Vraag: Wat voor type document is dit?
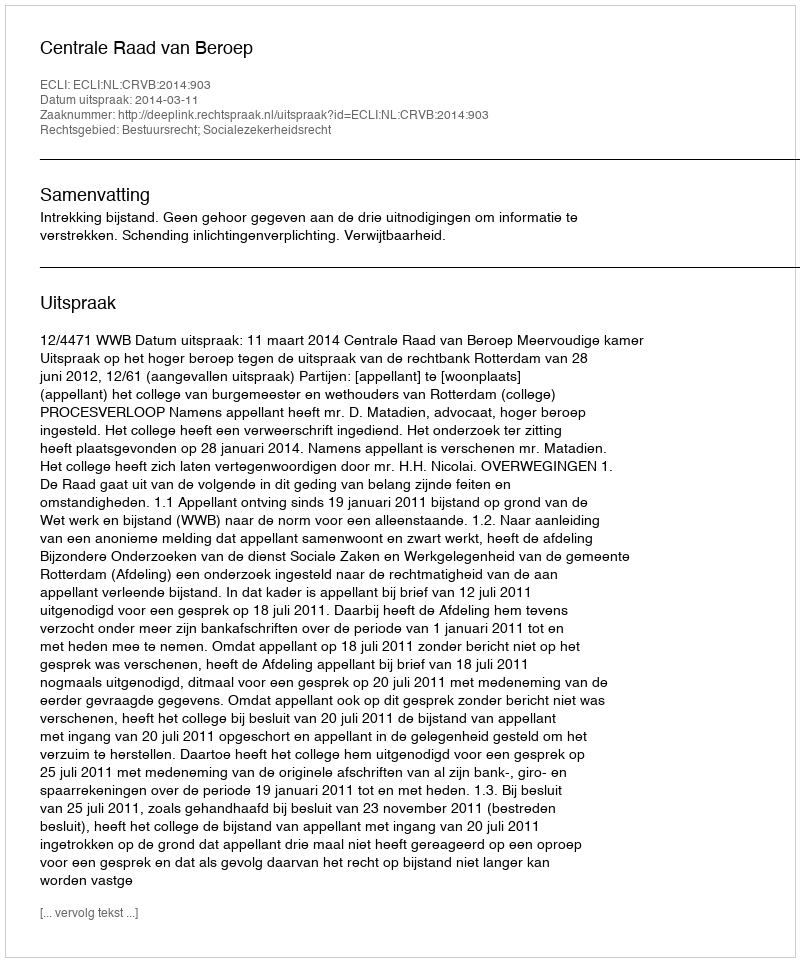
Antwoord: Uitspraak